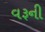
વરૂની